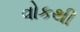
વોકથી